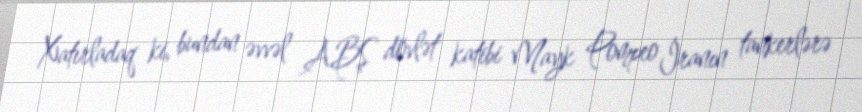
Xatırladaq ki, bundan əvvəl ABŞ dövlət katibi Mayk Pompeo İranın tankerlərə